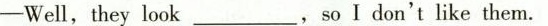
—Well,they look___,so I don't like them.